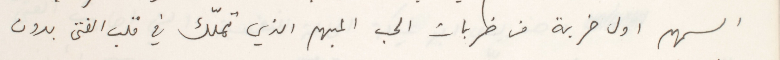
السهم اول ضربة من ضربات الحب المبهم الذي تملّك في قلب الفتى بدون